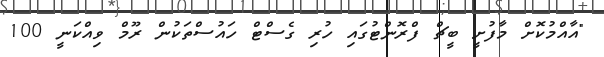
"އާއްމުކޮށް މާފުށީ ބީޗް ފްރޮންޓުގައި ހުރި ގެސްޓް ހައުސްތަކުން ރޫމް ވިއްކަނީ 100